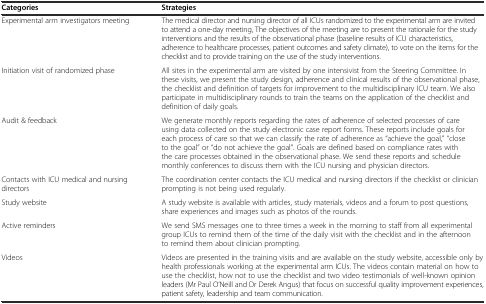
| Categories | Strategies |
 | --- | --- |
 | Experimental arm investigators meeting | The medical director and nursing director of all ICUs randomized to the experimental arm are invited to attend a one-day meeting, The objectives of the meeting are to present the rationale for the study interventions and the results of the observational phase (baseline results of ICU characteristics, adherence to healthcare processes, patient outcomes and safety climate), to vote on the items for the checklist and to provide training on the use of the study interventions. |
 | Initiation visit of randomized phase | All sites in the experimental arm are visited by one intensivist from the Steering Committee. In these visits, we present the study design, adherence and clinical results of the observational phase, the checklist and definition of targets for improvement to the multidisciplinary ICU team. We also participate in multidisciplinary rounds to train the teams on the application of the checklist and definition of daily goals. |
 | Audit & feedback | We generate monthly reports regarding the rates of adherence of selected processes of care using data collected on the study electronic case report forms. These reports include goals for each process of care so that we can classify the rate of adherence as “achieve the goal,” “close to the goal” or “do not achieve the goal”. Goals are defined based on compliance rates with the care processes obtained in the observational phase. We send these reports and schedule monthly conferences to discuss them with the ICU nursing and physician directors. |
 | Contacts with ICU medical and nursing directors | The coordination center contacts the ICU medical and nursing directors if the checklist or clinician prompting is not being used regularly. |
 | Study website | A study website is available with articles, study materials, videos and a forum to post questions, share experiences and images such as photos of the rounds. |
 | Active reminders | We send SMS messages one to three times a week in the morning to staff from all experimental group ICUs to remind them of the time of the daily visit with the checklist and in the afternoon to remind them about clinician prompting. |
 | Videos | Videos are presented in the training visits and are available on the study website, accessible only by health professionals working at the experimental arm ICUs. The videos contain material on how to use the checklist, how not to use the checklist and two video testimonials of well-known opinion leaders (Mr Paul O’Neill and Dr Derek Angus) that focus on successful quality improvement experiences, patient safety, leadership and team communication. |